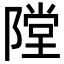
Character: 隚